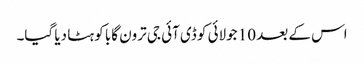
اس کے بعد 10 جولائی کو ڈی آئی جی ترون گابا کو ہٹا دیا گیا۔